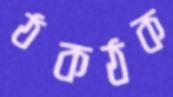
ঠকঠক